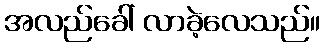
အလည်ခေါ် လာခဲ့လေသည်။